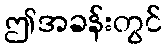
ဤအခန်းတွင်